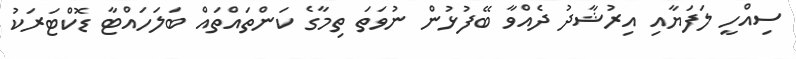
ސިއްހީ ލަފަޔާއި އިރުޝާދު ދެއްވާ ބޭފުޅުން ނުވަތަ ތިމާގެ ކަންތައްތައް ބަލަހައްޓާ ޑޮކްޓަރަކު